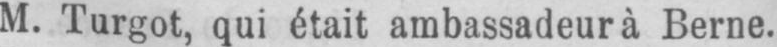
M. Turgot, qui était ambassadeur à Berne.